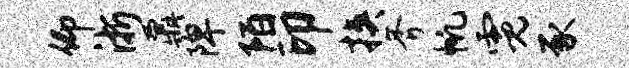
仰浙鼐陴陌印挟斧帆霓豕